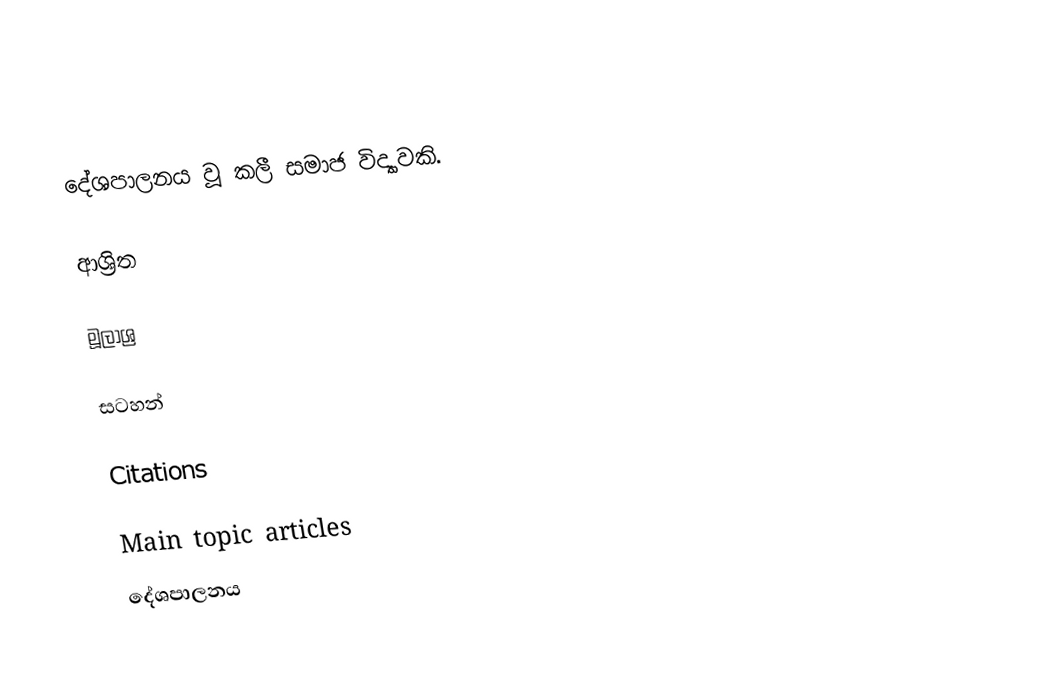
දේශපාලනය වූ කලී සමාජ විද්‍යාවකි.

ආශ්‍රිත

මූලාශ්‍ර

සටහන්

Citations

Main topic articles
දේශපාලනය